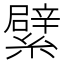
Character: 繴